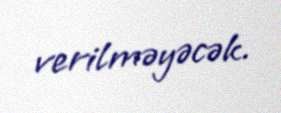
verilməyəcək.